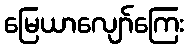
မြေယာလျော်ကြေး